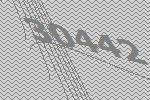
30442